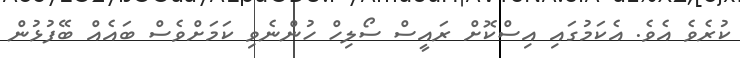
ކުރެވެ އެވެ. އެކަމުގައި އިސްކޮށް ރައީސް ސޯލިހް ހުންނެވި ކަމަށްވެސް ބައެއް ބޭފުޅުން